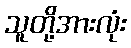
သူတို့အားလုံး